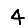
Digit: 4